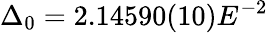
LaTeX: \Delta_{0}=2.14590(10)E^{-2}